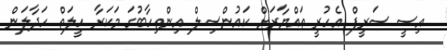
އިސީ ސަރީފް އެހުރީ ތައްޔާރަށް ކައުންސިލް އިންތިހާބުގަ މަކަރާ ހީލަތް ހަދާލަން